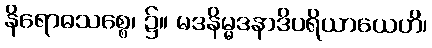
နိရောဓသစ္စေ၊ ၌။ မဒနိမ္မဒနာဒိပရိယာယေဟိ၊